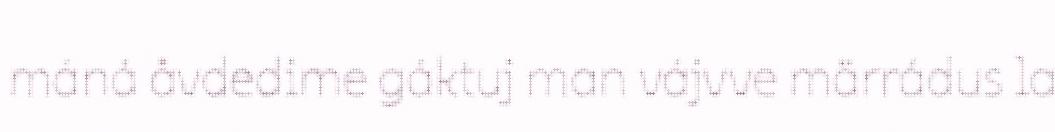
máná åvdedime gáktuj man vájvve märrádus la